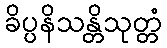
ခိပ္ပနိသန္တိသုတ္တံ